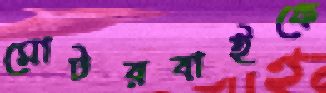
মোটরবাইকে